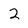
Character: 2